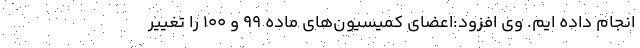
انجام داده ایم. وی افزود:اعضای کمیسیون‌های ماده ۹۹ و ۱۰۰ را تغییر